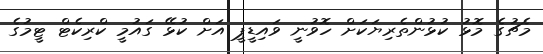
މެޗުގެ މޮޅު ކުޅުންތެރިޔަކަށް ހޮވުނީ ވައިޑީޕީ އަށް ކުޅޭ ގައުމީ ކްރިކެޓް ޓީމުގެ